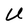
Character: U